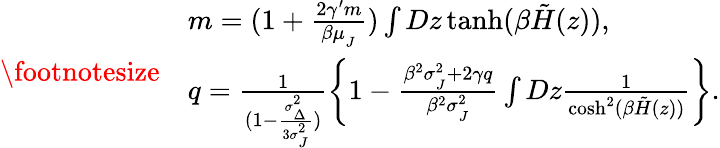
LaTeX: {\footnotesize\begin{array}{rl}&{m=(1+\frac{2\gamma^{\prime}m}{\beta\mu_{_{J}}})\int Dz\operatorname{tanh}(\beta\tilde{H}(z)),}\\ &{q=\frac{1}{(1-\frac{\sigma_{_{\Delta}}^{2}}{3\sigma_{_{J}}^{2}})}\left\{ 1-\frac{\beta^{2}\sigma_{_{J}}^{2}+2\gamma q}{\beta^{2}\sigma_{_{J}}^{2}}\int Dz\frac{1}{\cosh^{2}(\beta\tilde{H}(z))}\right\} .}\end{array}}